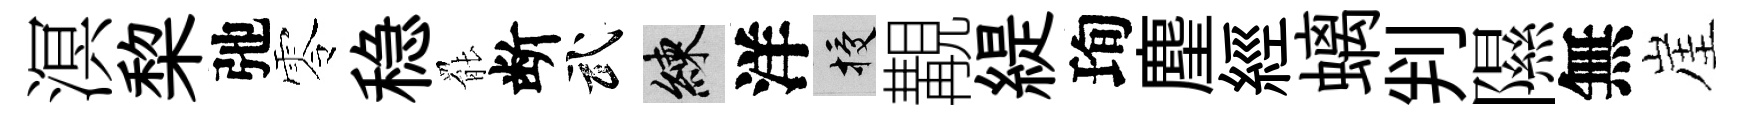
溟棃弛零稳罷断武練洋授覯緹珣麈經螭判隰無崖